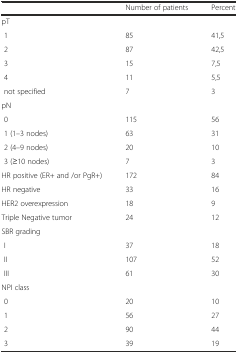
|  | Number of patients | Percent |
 | --- | --- | --- |
 | <COLSPAN=3> pT |
 | 1 | 85 | 41,5 |
 | 2 | 87 | 42,5 |
 | 3 | 15 | 7,5 |
 | 4 | 11 | 5,5 |
 | not specified | 7 | 3 |
 | <COLSPAN=3> pN |
 | 0 | 115 | 56 |
 | 1 (1–3 nodes) | 63 | 31 |
 | 2 (4–9 nodes) | 20 | 10 |
 | 3 (≥10 nodes) | 7 | 3 |
 | HR positive (ER+ and /or PgR+) | 172 | 84 |
 | HR negative | 33 | 16 |
 | HER2 overexpression | 18 | 9 |
 | Triple Negative tumor | 24 | 12 |
 | SBR grading |  |  |
 | I | 37 | 18 |
 | II | 107 | 52 |
 | III | 61 | 30 |
 | <COLSPAN=3> NPI class |
 | 0 | 20 | 10 |
 | 1 | 56 | 27 |
 | 2 | 90 | 44 |
 | 3 | 39 | 19 |